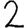
Digit: 2